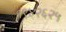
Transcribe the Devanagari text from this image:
१९४२६२५